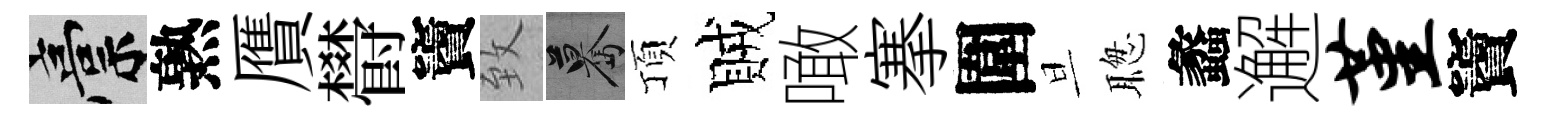
稿熟贋欎竇致驀頂賊噉搴圍旦聦蠡邂堇竇